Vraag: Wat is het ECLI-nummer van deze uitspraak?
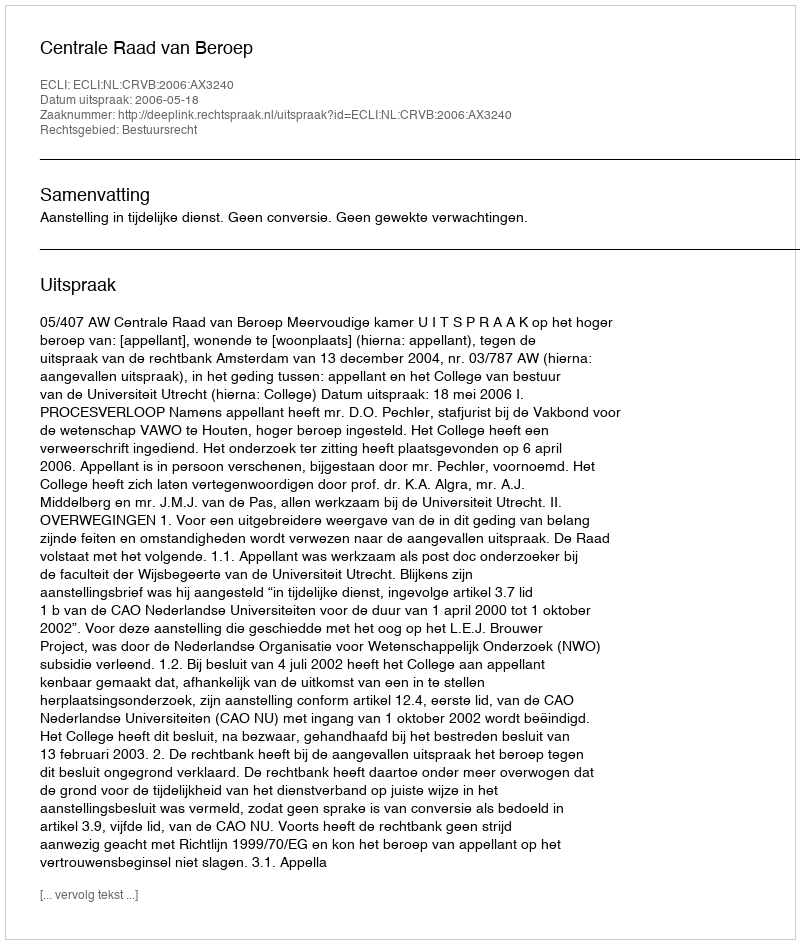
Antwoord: ECLI:NL:CRVB:2006:AX3240